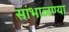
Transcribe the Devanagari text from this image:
सांभाळण्या